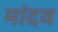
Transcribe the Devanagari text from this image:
मांदव